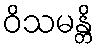
ဝိသမန္တိ